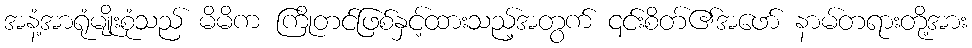
အနံ့အာရုံမျိုးစုံသည် မိမိက ကြိုတင်ဖြစ်နှင့်ထားသည့်အတွက် ၎င်းစိတ်၏အဖော် နာမ်တရားတို့အား